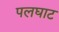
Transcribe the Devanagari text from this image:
पलघाट